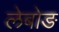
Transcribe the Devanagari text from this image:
लेबोङ